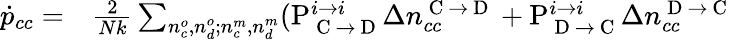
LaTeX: \begin{array}{rl}{\dot{p}_{cc}=}&{{}\frac{2}{Nk}\sum_{n_{c}^{o},n_{d}^{o};n_{c}^{m},n_{d}^{m}}(\mathrm{P}_{\mathrm{~C~}\rightarrow\mathrm{~D~}}^{i\rightarrow i}\Delta n_{cc}^{\mathrm{~C~}\rightarrow\mathrm{~D~}}+\mathrm{P}_{\mathrm{~D~}\rightarrow\mathrm{~C~}}^{i\rightarrow i}\Delta n_{cc}^{\mathrm{~D~}\rightarrow\mathrm{~C~}}}\end{array}